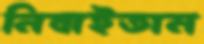
নিবাইতাম